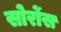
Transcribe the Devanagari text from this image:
सोर्रोस